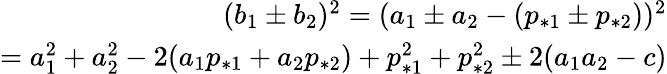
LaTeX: \begin{array}{r}{(b_{1}\pm b_{2})^{2}=(a_{1}\pm a_{2}-(p_{*1}\pm p_{*2}))^{2}}\\ {=a_{1}^{2}+a_{2}^{2}-2(a_{1}p_{*1}+a_{2}p_{*2})+p_{*1}^{2}+p_{*2}^{2}\pm 2(a_{1}a_{2}-c)}\end{array}